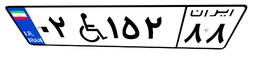
۰۲W۱۵۲۸۸